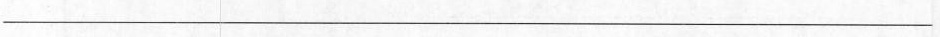
\underline